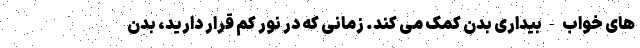
های خواب-بیداری بدن کمک می کند. زمانی که در نور کم قرار دارید، بدن